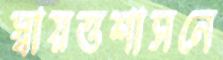
স্বায়ত্তশাসনে